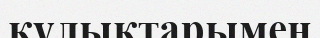
құлықтарымен